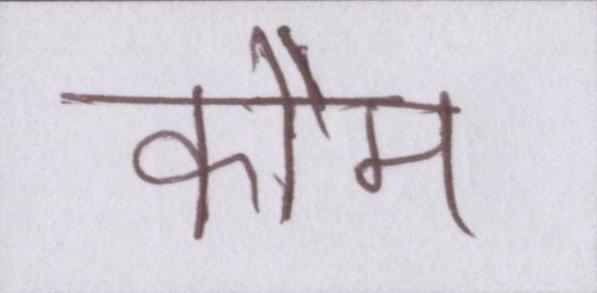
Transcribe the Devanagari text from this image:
कौम